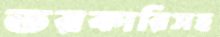
তরকারিসহ